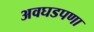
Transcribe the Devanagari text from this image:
अवघडपणा